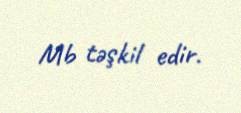
Mb təşkil edir.